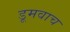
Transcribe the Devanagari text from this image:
डूमवाच